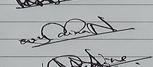
Signature authenticity: genuine